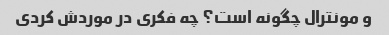
و مونترال چگونه است؟ چه فکری در موردش کردی